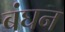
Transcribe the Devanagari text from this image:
बंघन